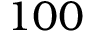
1 0 0